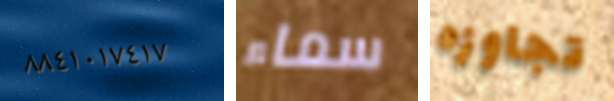
٨٨٤١٠١٧٤١٧ سماء تجاوزه